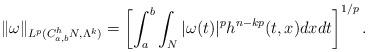
LaTeX: \begin{align*}\|\omega\|_{L^p(C_{a,b}^h N,\Lambda^k)}=\left[\int_{a}^{b}\int_{N} |\omega(t)|^p h^{n-kp}(t,x) dxdt\right]^{1/p}.\end{align*}